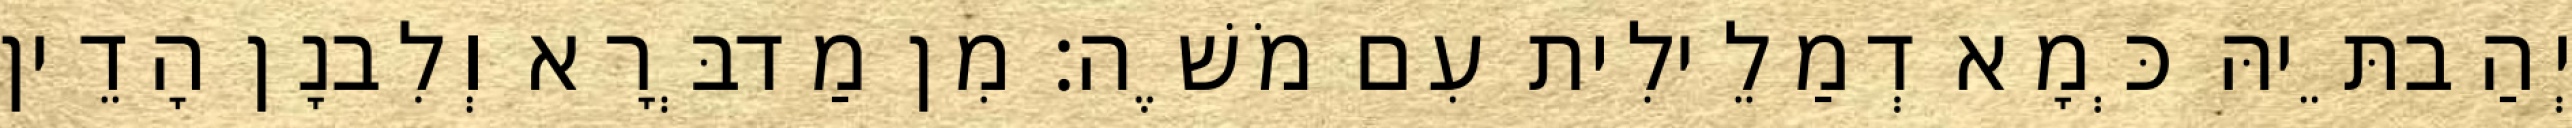
יְהַבתֵּיהּ כְּמָא דְמַלֵילִית עִם מֹשֶׁה׃ מִן מַדבְּרָא וְלִבנָן הָדֵין